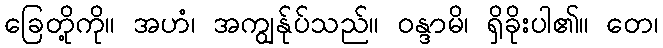
ခြေတို့ကို။ အဟံ၊ အကျွန်ုပ်သည်။ ဝန္ဒာမိ၊ ရှိခိုးပါ၏။ တေ၊